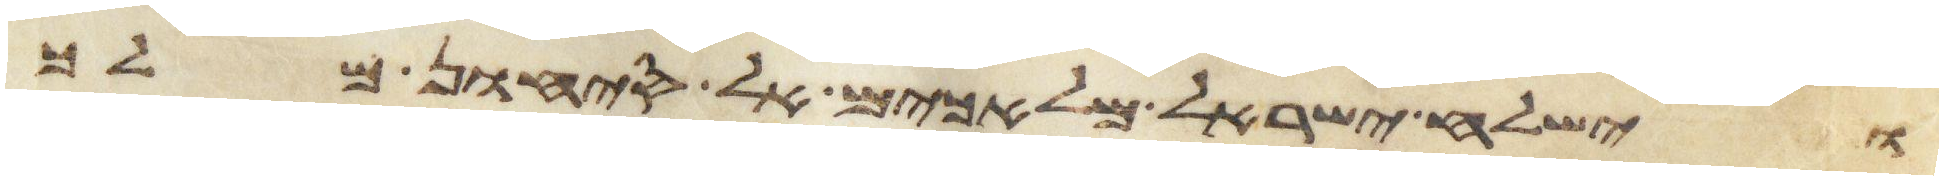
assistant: וישלח ישראל מלאכים אל סיחון מלך